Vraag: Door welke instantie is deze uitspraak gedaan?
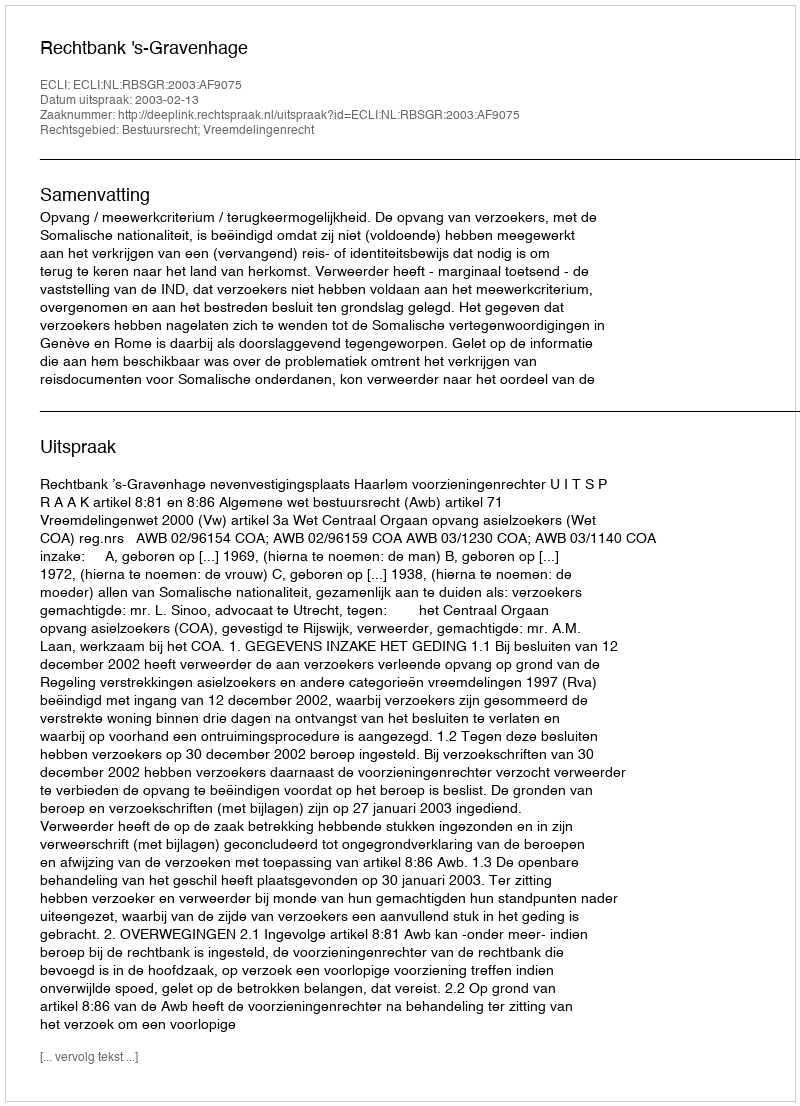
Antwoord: Rechtbank 's-Gravenhage